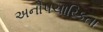
અનૌપચારિકતા